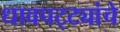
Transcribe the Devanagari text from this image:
धावपट्ट्यांचे